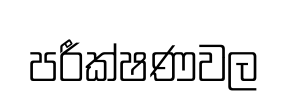
පරීක්ෂණවල